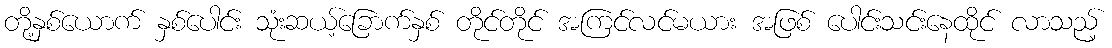
တို့နှစ်ယောက် နှစ်ပေါင်း သုံးဆယ့်ခြောက်နှစ် တိုင်တိုင် အကြင်လင်မယား အဖြစ် ပေါင်းသင်းနေထိုင် လာသည့်